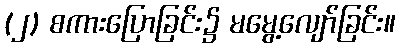
(၂) စကားပြောခြင်း၌ မမွေ့လျော်ခြင်း။